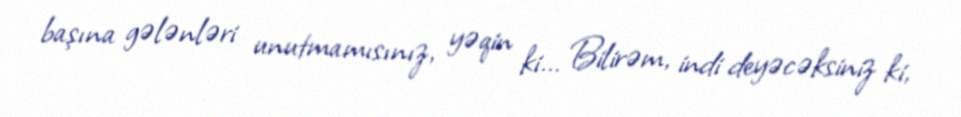
başına gələnləri unutmamısınız, yəqin ki... Bilirəm, indi deyəcəksiniz ki,